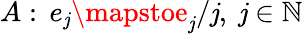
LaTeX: A:\, e_{\mathit{j}}\mapstoe_{\mathit{j}}/\mathit{j},~\mathit{j}\in\mathbb{{N}}